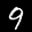
Label: 9